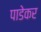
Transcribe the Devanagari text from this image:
पाडेकर